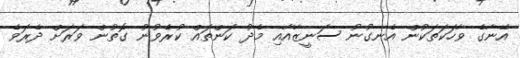
އޭނާގެ ވާހަކަތަކުން އެނގުނު ސަނީޒާއާއި މެދު ކަންތައް ކުރެވުނު ގޮތުން ވަރަށް ދެރަވެ